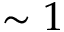
\sim 1